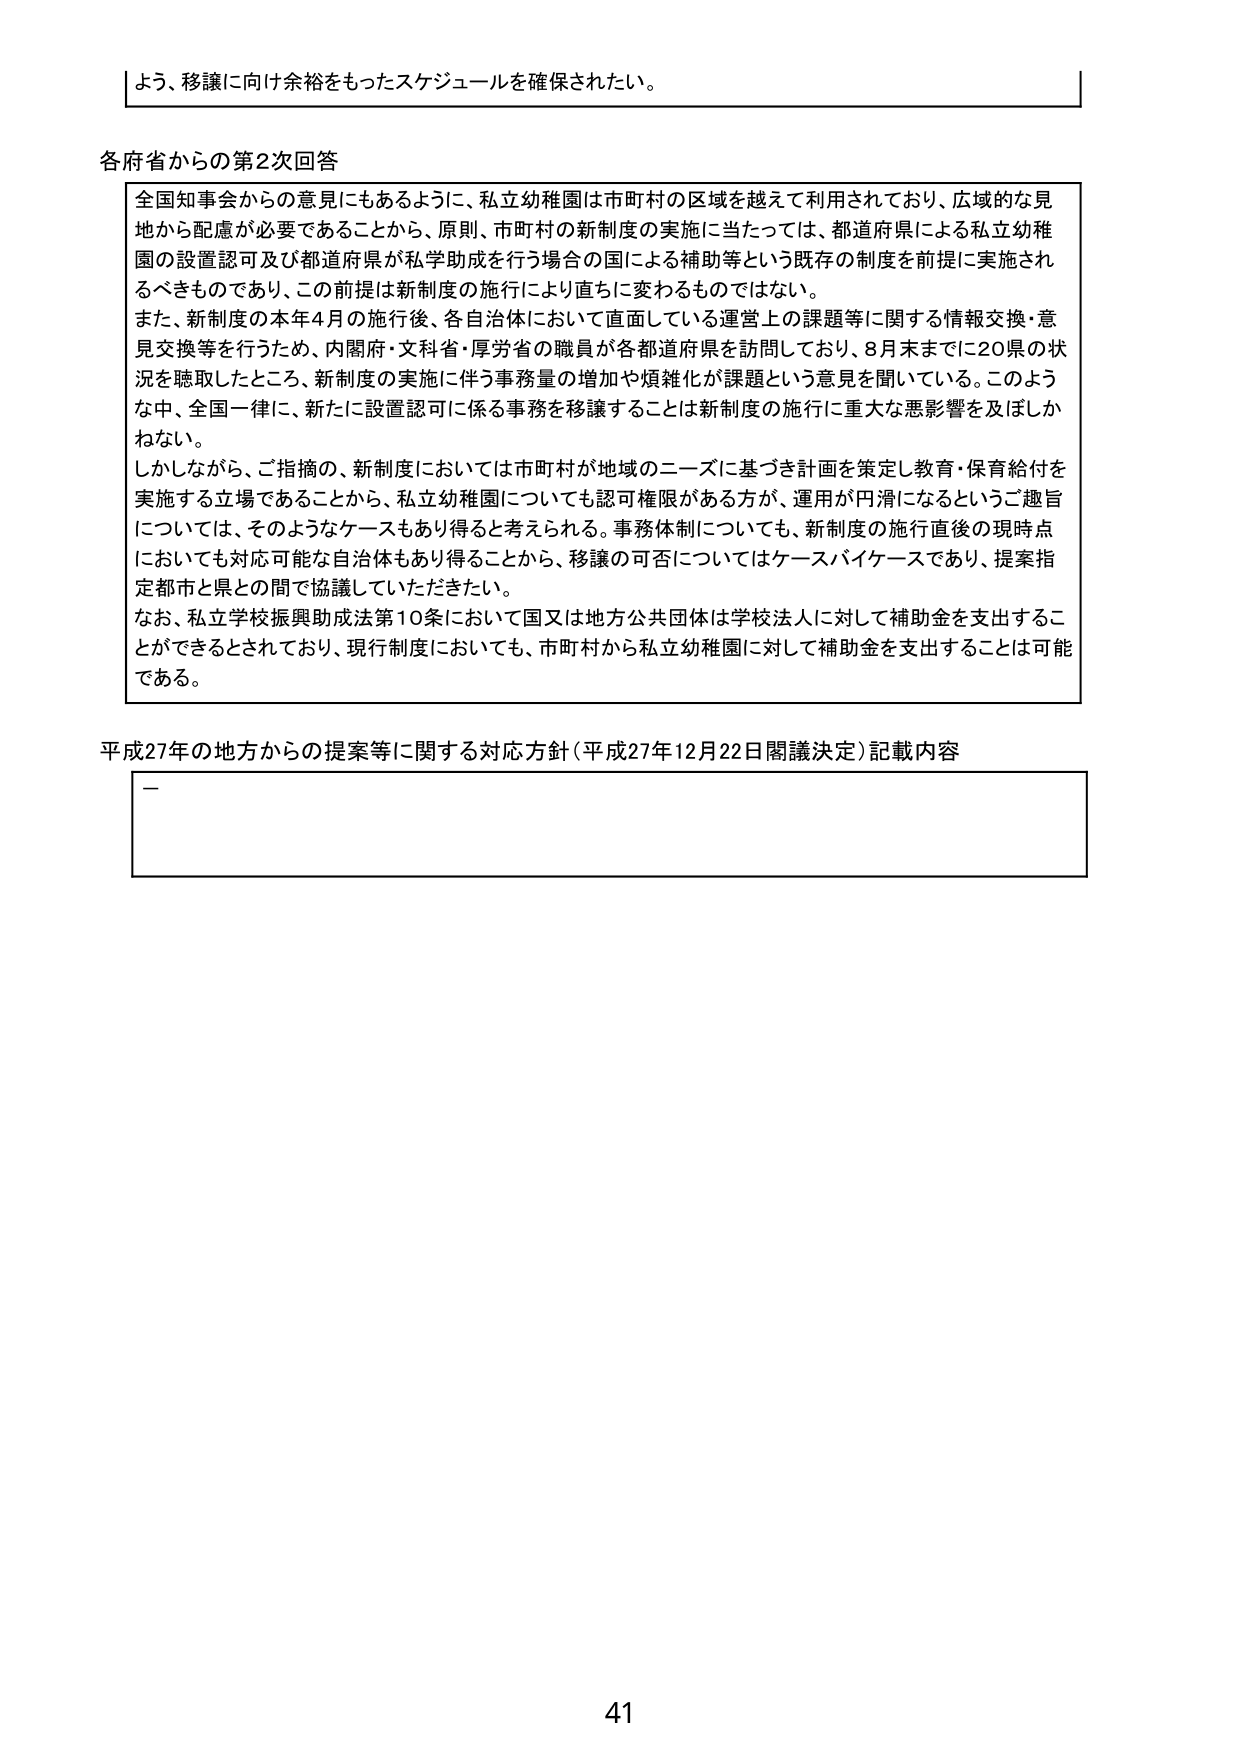
よう、移譲に向け余裕をもったスケジュールを確保されたい。

各府省からの第2次回答

全国知事会からの意見にもあるように、私立幼稚園は市町村の区域を越えて利用されており、広域的な見地から配慮が必要であることから、原則、市町村の新制度の実施に当たっては、都道府県による私立幼稚園の設置認可及び都道府県が私学助成を行う場合の国による補助等という既存の制度を前提に実施されるべきものであり、この前提は新制度の施行により直ちに変わるものではない。
また、新制度の本年4月の施行後、各自治体において直面している運営上の課題等に関する情報交換・意見交換等を行うため、内閣府・文科省・厚労省の職員が各都道府県を訪問しており、8月末までに20県の状況を聴取したところ、新制度の実施に伴う事務量の増加や煩雑化が課題という意見を聞いている。このような中、全国一律に、新たに設置認可に係る事務を移譲することは新制度の施行に重大な悪影響を及ぼしかねない。
しかしながら、ご摘示の、新制度においては市町村が地域のニーズに基づき計画を策定し教育・保育給付を実施する立場であることから、私立幼稚園についても認可権限がある方が、運用が円滑になるというご趣旨については、そのようなケースもあり得ると考えられる。事務体制についても、新制度の施行直後の現時点においても対応可能な自治体もあり得ることから、移譲の可否についてはケースバイケースであり、提案指定都市と県との間で協議していただきたい。
なお、私立学校振興助成法第10条において国又は地方公共団体は学校法人に対して補助金を支出することができるとしており、現行制度においても、市町村から私立幼稚園に対して補助金を支出することは可能である。

平成27年の地方からの提案等に関する対応方針（平成27年12月22日閣議決定）記載内容

—

41